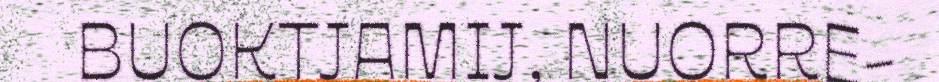
BUOKTJAMIJ, NUORRE-